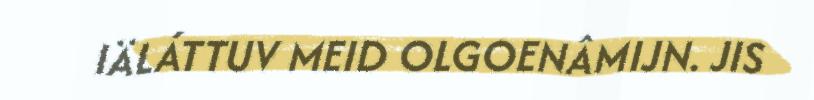
IÄLÁTTUV MEID OLGOENÂMIJN. JIS